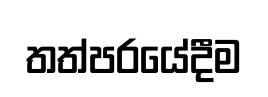
තත්පරයේදීම